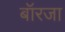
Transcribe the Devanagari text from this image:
बॉरजा